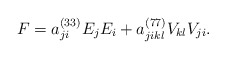
\begin{align*}F=a_{ji}^{(33)}E_{j}E_{i}+a_{jikl}^{(77)}V_{kl}V_{ji}.\end{align*}